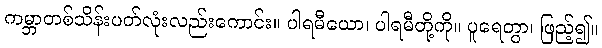
ကမ္ဘာတစ်သိန်းပတ်လုံးလည်းကောင်း။ ပါရမီယော၊ ပါရမီတို့ကို။ ပူရေတွာ၊ ဖြည့်၍။